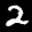
Label: 2